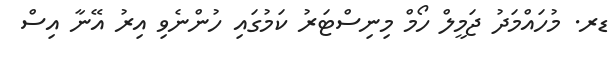
ޑރ. މުހައްމަދު ޖަމީލް ހޯމް މިނިސްޓަރު ކަމުގައި ހުންނެވި އިރު އޭނާ އިސް